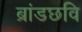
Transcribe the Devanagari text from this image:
ब्रांडछवि